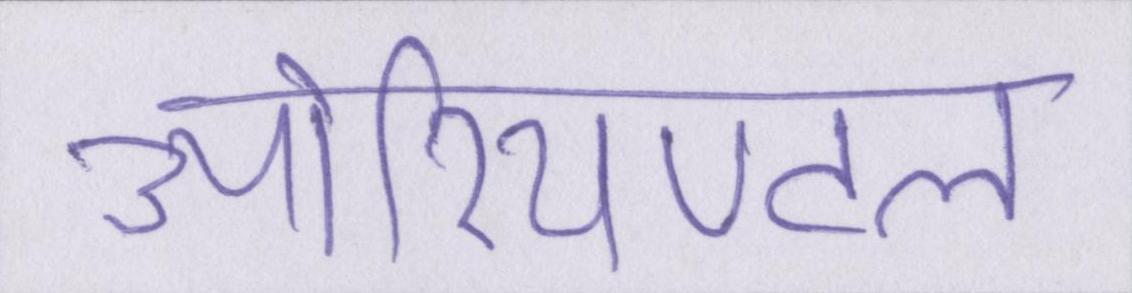
ओरियण्टल